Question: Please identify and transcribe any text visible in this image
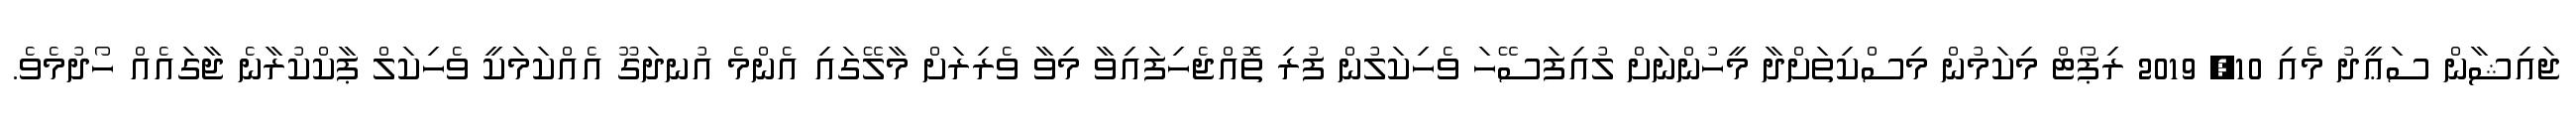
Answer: ޖައިޝާން ސަޢީދު މެއި 10, 2019 ރިޕޯޓް މިކަމުން މިސްކިތަށްދާ މީހުންނަށް ލުއިފަސޭހަ ވެހިކަލުން ފުރި ތޮއްޖެހިފައިވާ މިވާ ވެރިރަށް މާލޭގައި އެންމެ އުނދަގޫ އެއްކަމަކީ ވެހިކަލް ޕާކްކުރާނެ ޖާގައެއް ހޯދުމެވެ.